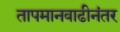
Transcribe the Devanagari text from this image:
तापमानवाढीनंतर